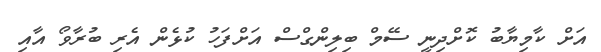
އަށް ކާމިޔާބު ކޮށްދިނީ ސޭމް ބިލިންގްސް އަށްފަހު ކުޅެން އެރި ބުރާވޯ އާއި